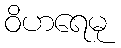
ဝိဟရေမု